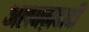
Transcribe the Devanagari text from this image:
अलबग़दादी